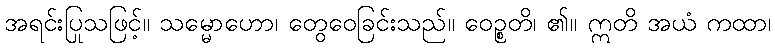
အရင်းပြုသဖြင့်။ သမ္မောဟော၊ တွေဝေခြင်းသည်။ ဝေဉ္စတိ၊ ၏။ ဣတိ အယံ ကထာ၊